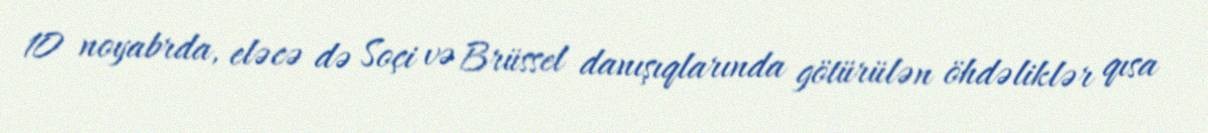
10 noyabrda, eləcə də Soçi və Brüssel danışıqlarında götürülən öhdəliklər qısa